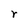
Character: r